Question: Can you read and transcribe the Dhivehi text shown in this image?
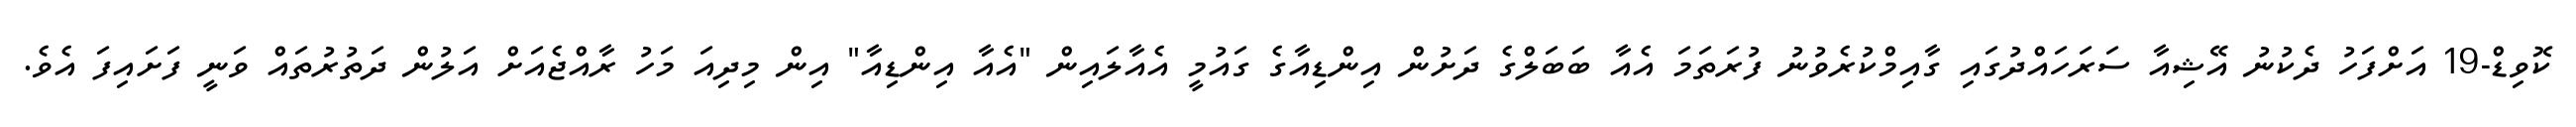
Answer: ކޮވިޑް-19 އަށްފަހު ދެކުނު އޭޝިއާ ސަރަހައްދުގައި ގާއިމްކުރެވުނު ފުރަތަމަ އެއާ ބަބަލްގެ ދަށުން އިންޑިއާގެ ގައުމީ އެއާލައިން "އެއާ އިންޑިއާ" އިން މިދިއަ މަހު ރާއްޖެއަށް އަލުން ދަތުރުތައް ވަނީ ފަށައިފަ އެވެ.